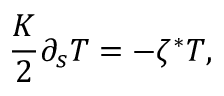
\frac { K } { 2 } \partial _ { s } T = - \zeta ^ { * } T ,